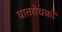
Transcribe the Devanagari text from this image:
वातरोधकों